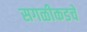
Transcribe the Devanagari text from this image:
सगळीकडचे